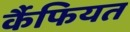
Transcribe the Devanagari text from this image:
र्कैफियत